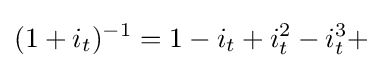
(1+i_{t})^{-1}=1-i_{t}+i_{t}^{2}-i_{t}^{3}+